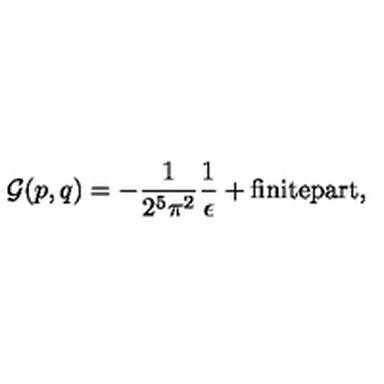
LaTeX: { \cal G } ( p , q ) = - \frac { 1 } { 2 ^ { 5 } \pi ^ { 2 } } \frac { 1 } { \epsilon } + \mathrm { f i n i t e p a r t } ,